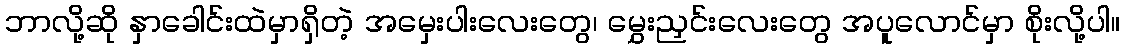
ဘာလို့ဆို နှာခေါင်းထဲမှာရှိတဲ့ အမှေးပါးလေးတွေ၊ မွှေးညှင်းလေးတွေ အပူလောင်မှာ စိုးလို့ပါ။